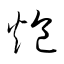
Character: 炰